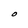
Character: O